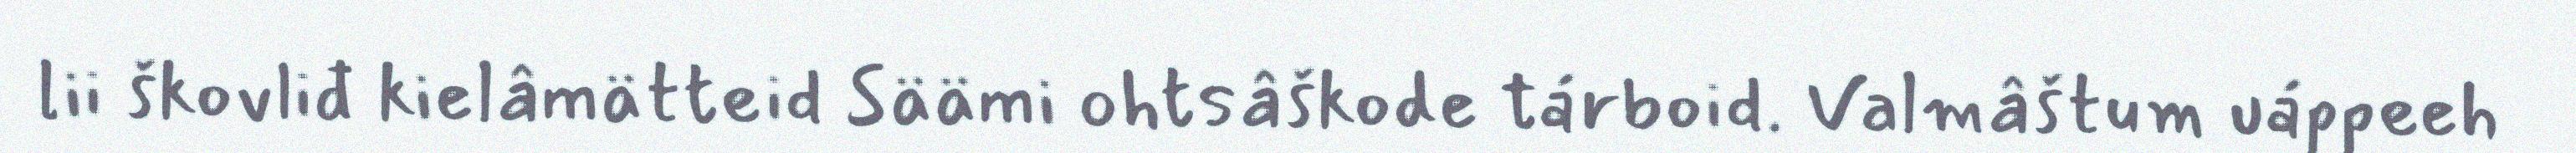
lii škovliđ kielâmätteid Säämi ohtsâškode tárboid. Valmâštum uáppeeh